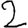
Digit: 2